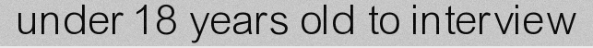
under 18 years old to interview